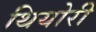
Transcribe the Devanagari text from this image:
थियोरी